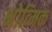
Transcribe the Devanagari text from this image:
भोव्मिक